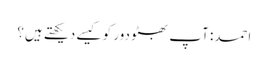
احمد: آپ بھٹو دور کو کیسے دیکھتے ہیں؟